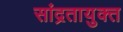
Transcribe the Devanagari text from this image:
सांद्रतायुक्त